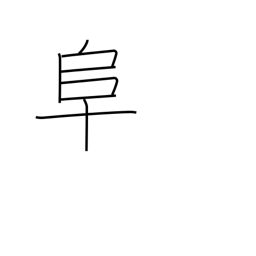
Meaning: left village radical (no. 170)